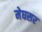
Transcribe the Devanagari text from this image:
मेघसर